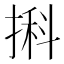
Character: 𢱃